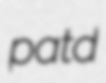
patd